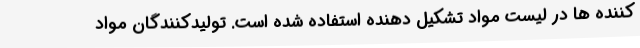
کننده ها در لیست مواد تشکیل دهنده استفاده شده است. تولیدکنندگان مواد